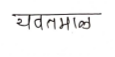
मजकूर: यवतमाळ